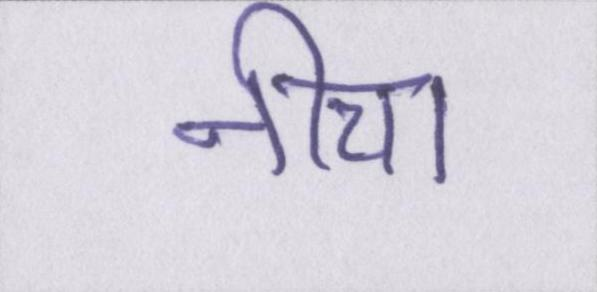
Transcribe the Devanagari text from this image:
नीचा